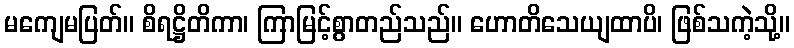
မကျေမပြတ်။ စိရဋ္ဌိတိကာ၊ ကြာမြင့်စွာတည်သည်။ ဟောတိသေယျထာပိ၊ ဖြစ်သကဲ့သို့။